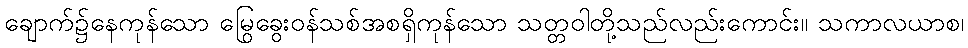
ချောက်၌နေကုန်သော မြွေခွေးဝန်သစ်အစရှိကုန်သော သတ္တဝါတို့သည်လည်းကောင်း။ သကာလယာစ၊